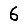
Digit: 6